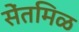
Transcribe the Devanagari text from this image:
सेंतमिळ